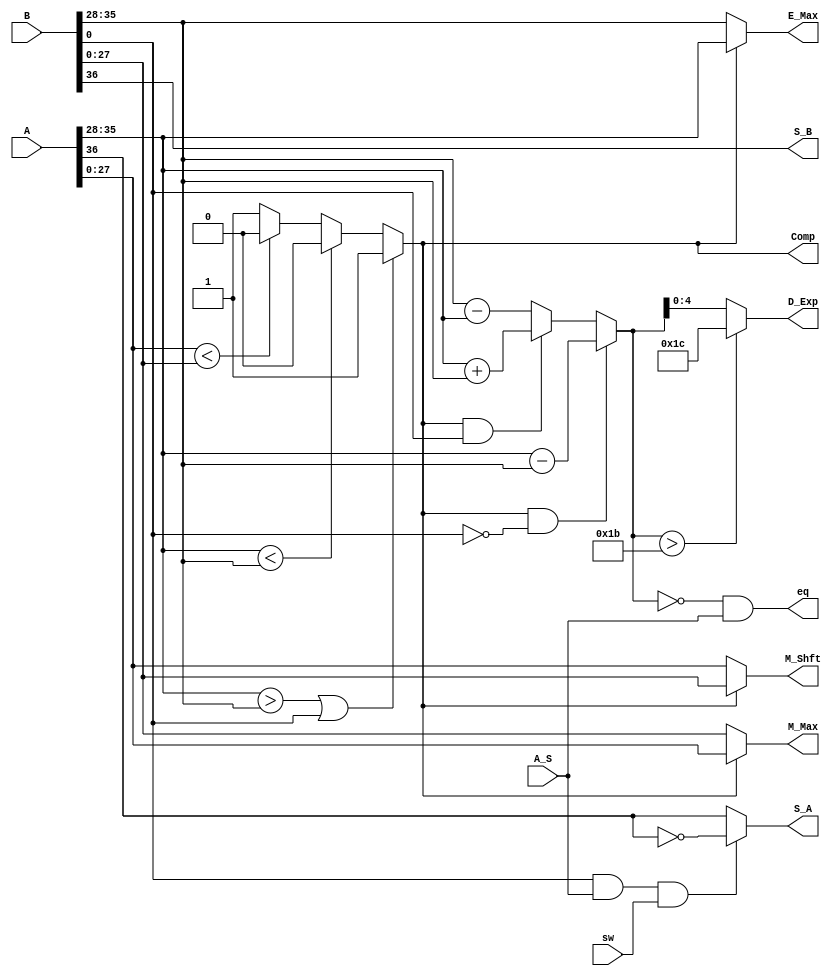
module comp_exp
(
    input       [36:0]  A, B,
    input               A_S,                    // 0 --> Add , 1 --> Sub 
    input               sw,                     // switched or not 
    output              S_A, S_B,               // --> sign A & sign B
    output      [07:0]  E_Max,                  // output exponent
    output      [27:0]  M_Max,                  // Largest Mantissa
    output      [27:0]  M_Shft,                 // Mantissa to shift 
    output      [04:0]  D_Exp,                  // Subtraction of exponents
    output              Comp,
    output              eq                   // Determine largest number    
);

wire C;
wire [7:0] dif; 

assign S_A = (B[0] & A_S & sw)? !A[36] : A[36];                  // --> sign A
assign S_B = B[36];                                         //     sign B

wire [7:0] E_A = A[35:28] ;         // E_A --> exponent of input A
wire [7:0] E_B = B[35:28] ;         // E_B --> exponent of input B

wire [27:0] M_A = A[27:0] ;         // M_A --> Mantissa of input A
wire [27:0] M_B = B[27:0] ;         // M_B --> Mantissa of input B

// -------------------------------- Exponent Comparison ----------------------------------

assign C = ((E_A > E_B) | (M_B[0] == 1'b1)) ? 1     // Exponent A > Exponent B
         : (E_A < E_B) ? 0                          // Exponent B > Exponent A
         : (M_A < M_B) ? 0                          // Exponent A = Exponent B --> Mantissa B > Mantissa A
         : 1;                                       // Exponent A = Exponent B --> Mantissa A >= Mantissa B

assign Comp = C;

// ---------------------------------------------------------------------------------------

// -------------------------------- Largest Exponent -------------------------------------

assign E_Max = (C) ? E_A : E_B;

// ---------------------------------------------------------------------------------------

// determining the difference between both exponents. Once more time
// comp signal fixes the largest exponent and determines the subtraction order
// If Bs LSB is high a negative exponent is had. In this case EA and EB are added.

// -------------------------------- Difference between Exponents -------------------------------------

assign dif  = ((C == 1'b1) & (M_B[0] == 0)) ? (E_A - E_B) 
            : ((C == 1'b1) & (M_B[0] == 1'b1)) ? (E_A + E_B) 
            : (E_B - E_A);


assign D_Exp = (dif > 8'h1b) ? 5'b11100         // If the difference is greater than 27 --> The difference is 28
             : dif[4:0];                        // If the difference is less than or equal to 27 
                                                // --> Use directely the subtraction between the components 

// ---------------------------------------------------------------------------------------

// -------------------------------- Mantissa -------------------------------------
assign M_Shft = (C) ? M_B : M_A;

assign M_Max  = (C) ? M_A : M_B;
    
// The mantissa to shift corresponds with the smallest number (using comp again).
// a maximum value is set if the difference between exponents is greater
// than 28 which is the maximum number of bits that the mantissa has.


assign eq = ((dif==0) & (A_S));

endmodule //comp_exp